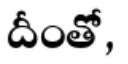
దీంతో,